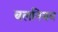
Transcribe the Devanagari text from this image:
बलनियम